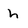
Character: h